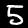
Label: 5